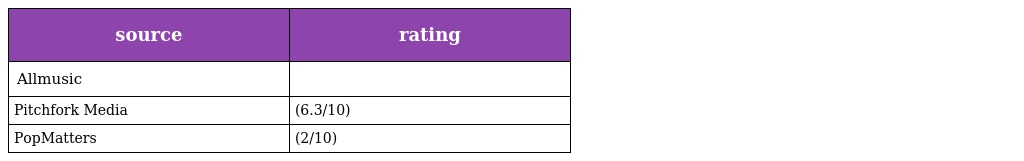
| source | rating |
 | --- | --- |
 | Allmusic |  |
 | Pitchfork Media | (6.3/10) |
 | PopMatters | (2/10) |